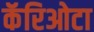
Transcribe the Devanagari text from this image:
कॅरिओटा